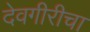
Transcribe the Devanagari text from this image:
देवगीरीचा